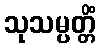
သုသမ္ပတ္တိံ